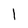
Character: 1